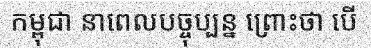
កម្ពុជា នាពេលបច្ចុប្បន្ន ព្រោះថា បើ